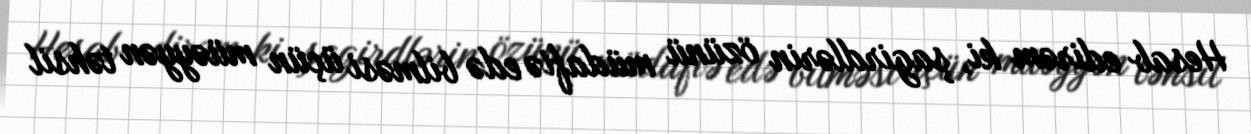
Hesab edirəm ki, şagirdlərin özünü müdafiə edə bilməsi üçün müəyyən təhsil